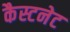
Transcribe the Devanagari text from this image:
कैस्टनेट